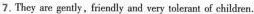
7.They are genly，fiendly and very tolerant of children.